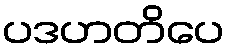
ပဒဟတိပေ